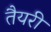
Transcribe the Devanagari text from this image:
तैयरी